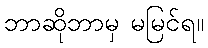
ဘာဆိုဘာမှ မမြင်ရ။